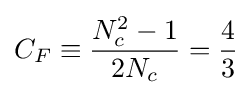
C_{F}\equiv {\frac {N_{c}^{2}-1}{2N_{c}}}={\frac {4}{3}}